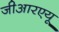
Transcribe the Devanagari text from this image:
जीआरएयू